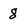
Character: 8